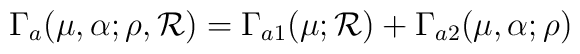
\Gamma_{a}(\mu,\alpha;\rho,{\cal R})=\Gamma_{a1}(\mu;{\cal R})+\Gamma_{a2}(\mu,\alpha;\rho)